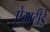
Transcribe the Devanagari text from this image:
ऐनाटीडे